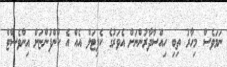
ނަމަވެސް މިހާރު ތިބި ހިއްސާދާރުންނަށް އެވަރުގެ ކެޕިޓަލް އެއް އެ ކުންފުންޏަށް އިންވެސްޓް